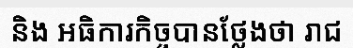
និង អធិការកិច្ចបានថ្លែងថា រាជ